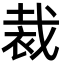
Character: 裁